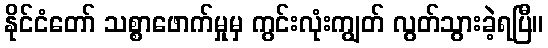
နိုင်ငံတော် သစ္စာဖောက်မှုမှ ကွင်းလုံးကျွတ် လွတ်သွားခဲ့ရပြီ။